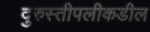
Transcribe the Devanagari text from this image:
दुरुस्तीपलीकडील